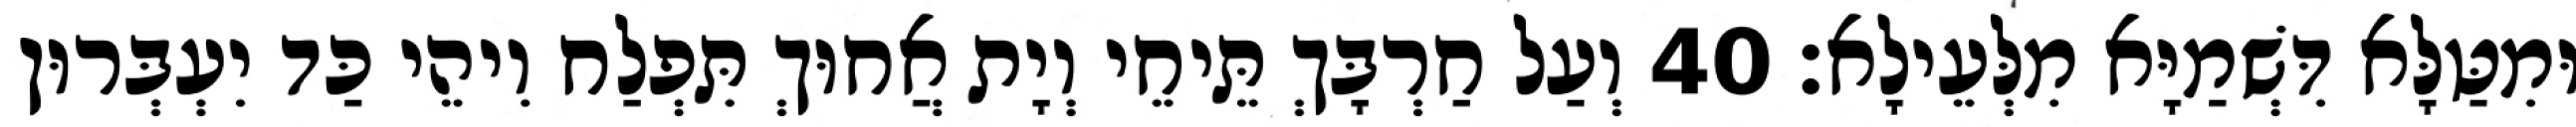
וּמִטַּלָּא דִּשְׁמַיָּא מִלְּעֵילָא׃ 40 וְעַל חַרְבָּךְ תֵּיחֵי וְיָת אֲחוּךְ תִּפְלַח וִיהֵי כַּד יִעְבְּרוּן